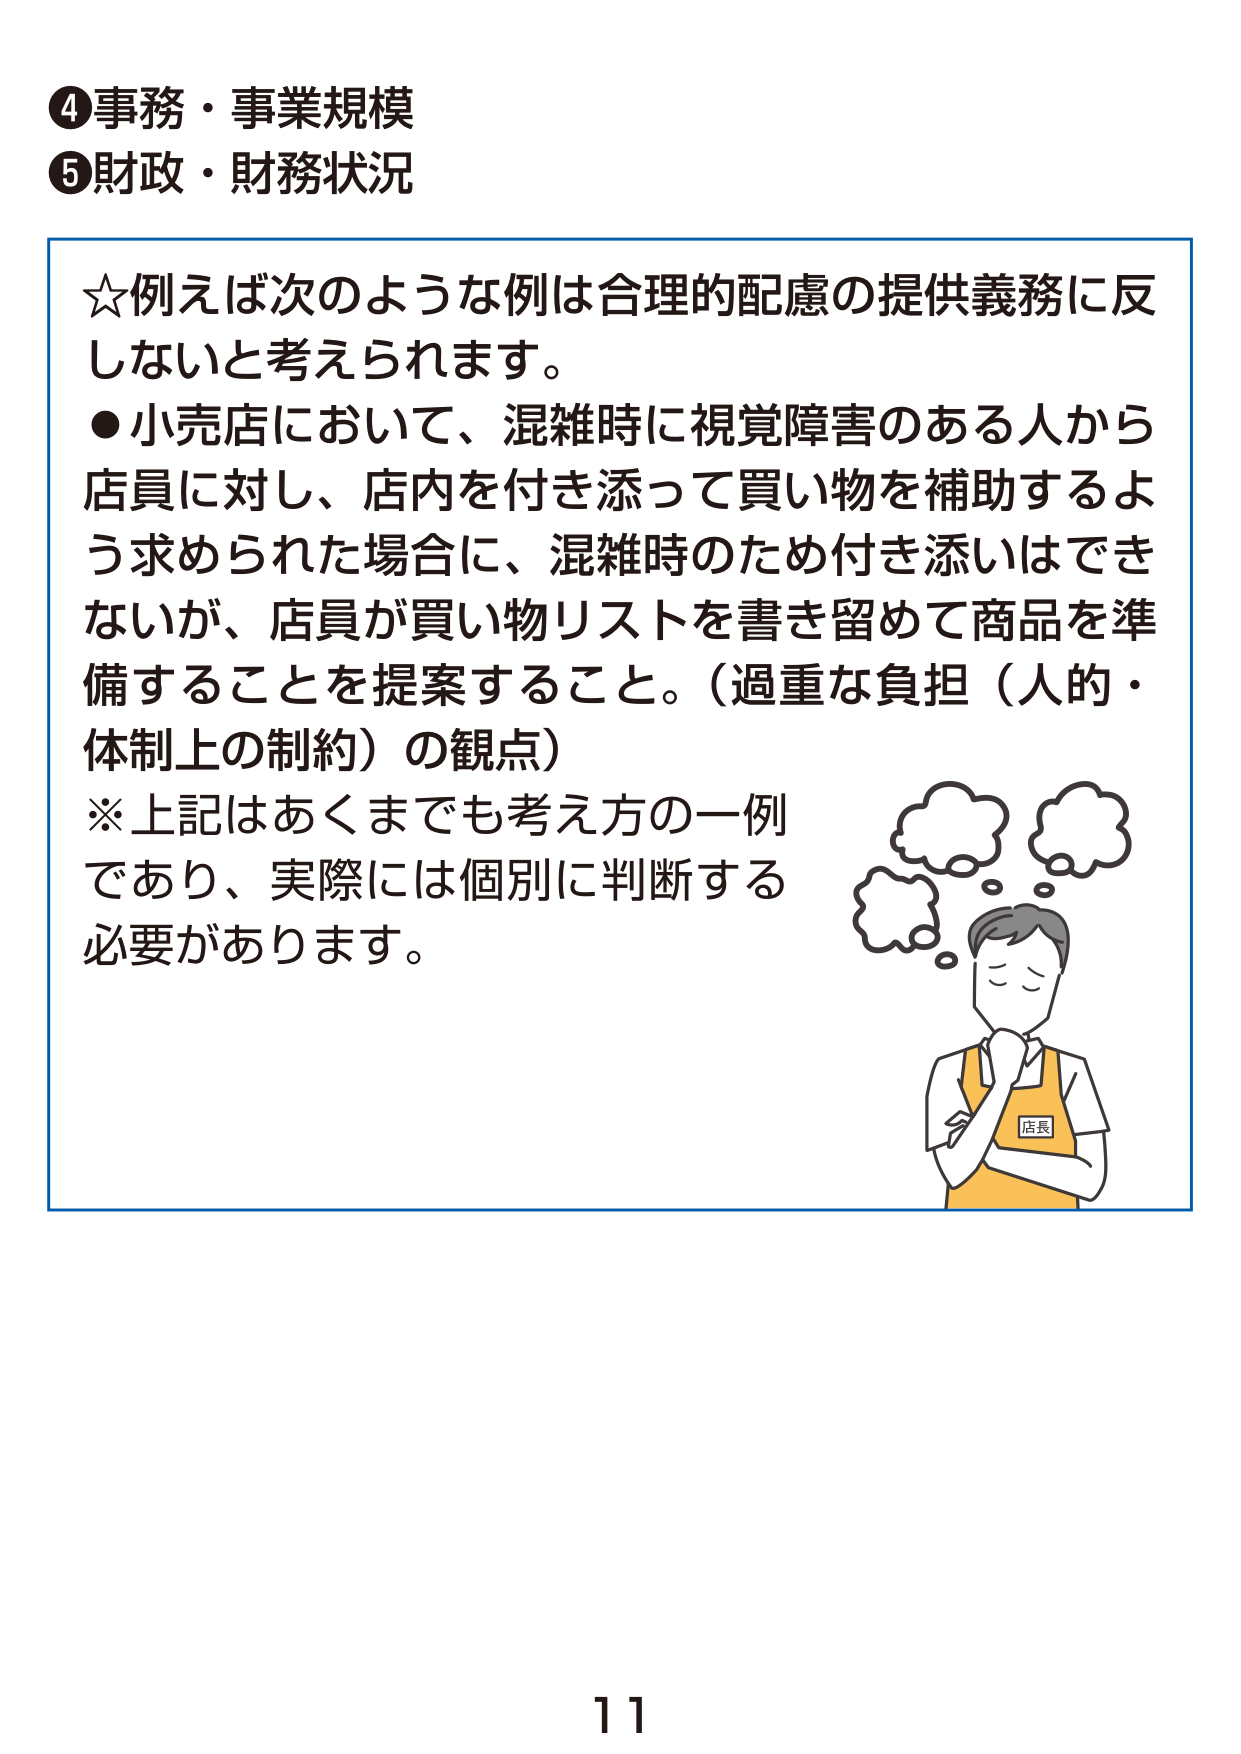
④事務・事業規模
⑤財政・財務状況

☆例えば次のような例は合理的配慮の提供義務に反しないと考えられます。
●小売店において、混雑時に視覚障害のある人から店員に対し、店内を付き添って買い物を補助するよう求められた場合に、混雑時のため付き添いはできないが、店員が買い物リストを書き留めて商品を準備することを提案すること。（過重な負担（人的・体制上の制約）の観点）
※上記はあくまでも考え方の一例であり、実際には個別に判断する必要があります。

店長

11